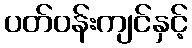
ပတ်ဝန်းကျင်နှင့်